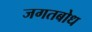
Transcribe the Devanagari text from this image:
जगतबोध